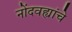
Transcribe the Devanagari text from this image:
नोंदवह्यांचे